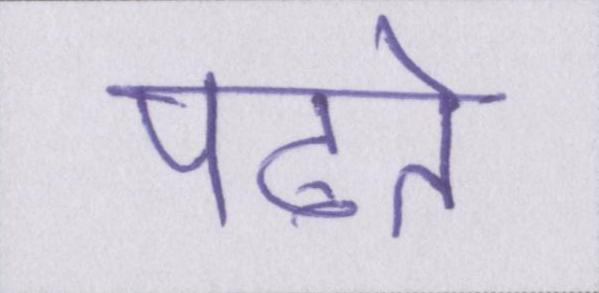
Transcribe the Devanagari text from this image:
पढते